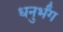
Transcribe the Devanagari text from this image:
धनुर्भंग